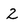
Character: 2